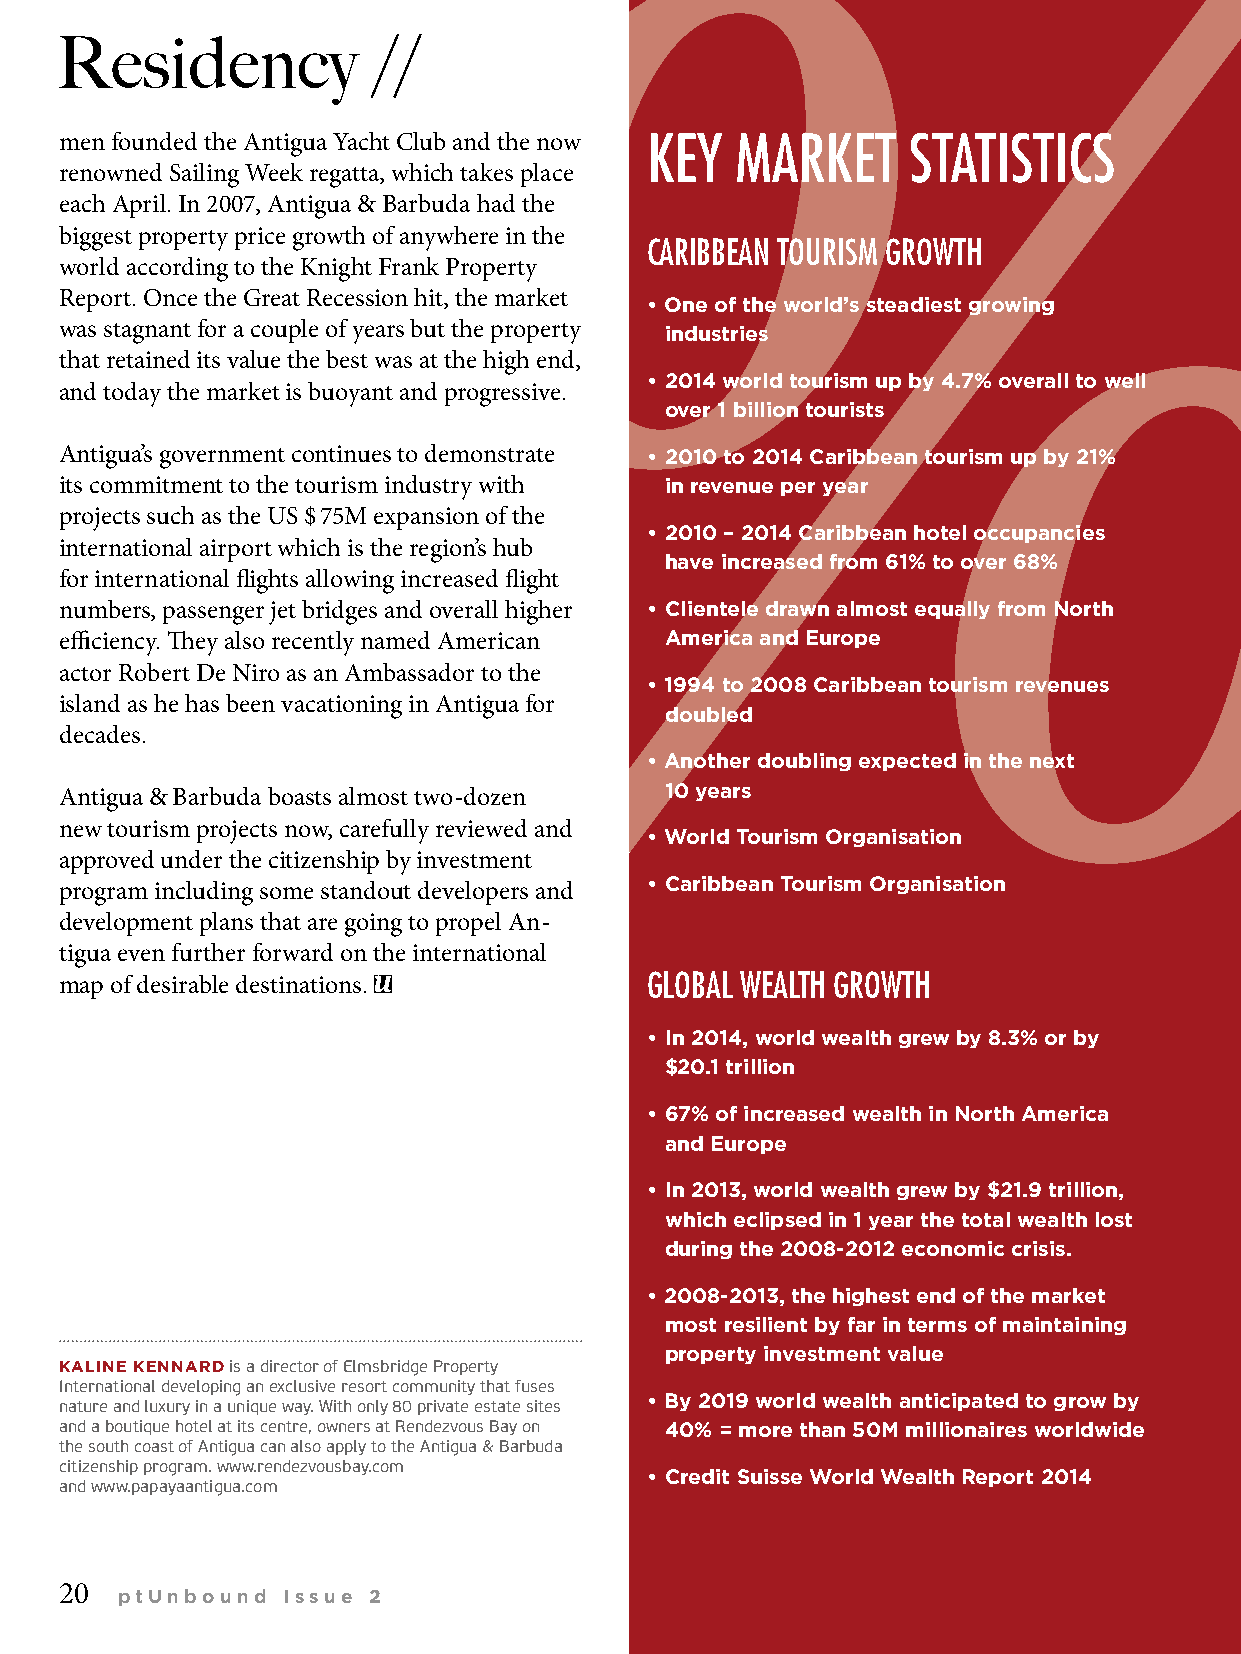
Residency            //
 men founded the Antigua Yacht Club and the now KEY MARKET STATISTICS
 renowned Sailing Week regatta, which takes place
 each April. In 2007, Antigua & Barbuda had the
 biggest property price growth of anywhere in the
 CARIBBEAN TOURISM GROWTH
 world according to the Knight Frank Property
 Report. Once the Great Recession hit, the market
 • One of the world’s steadiest growing
 was stagnant for a couple of years but the property industries
 that retained its value the best was at the high end,
 • 2014 world tourism up by 4.7% overall to well
 and today the market is buoyant and progressive.
 over 1 billion tourists
 Antigua’s government continues to demonstrate • 2010 to 2014 Caribbean tourism up by 21%
 its commitment to the tourism industry with in revenue per year
 projects such as the US $ 75M expansion of the
 • 2010 – 2014 Caribbean hotel occupancies
 international airport which is the region’s hub
 have increased from 61% to over 68%
 for international fl ights allowing increased fl ight
 numbers, passenger jet bridges and overall higher • Clientele drawn almost equally from North
 effi ciency. Th ey also recently named American America and Europe
 actor Robert De Niro as an Ambassador to the
 • 1994 to 2008 Caribbean tourism revenues
 island as he has been vacationing in Antigua for
 doubled
 decades.
 • Another doubling expected in the next
 Antigua & Barbuda boasts almost two-dozen 10 years
 new tourism projects now, carefully reviewed and
 • World Tourism Organisation
 approved under the citizenship by investment
 program including some standout developers and • Caribbean Tourism Organisation
 development plans that are going to propel An-
 tigua even further forward on the international
 map of desirable destinations.         GLOBAL WEALTH GROWTH
 • In 2014, world wealth grew by 8.3% or by
 $20.1 trillion
 • 67% of increased wealth in North America
 and Europe
 • In 2013, world wealth grew by $21.9 trillion,
 which eclipsed in 1 year the total wealth lost
 during the 2008-2012 economic crisis.
 • 2008-2013, the highest end of the market
 most resilient by far in terms of maintaining
 property investment value
 KALINE KENNARD is a director of Elmsbridge Property
 International developing an exclusive resort community that fuses
 nature and luxury in a unique way. With only 80 private estate sites • By 2019 world wealth anticipated to grow by
 and a boutique hotel at its centre, owners at Rendezvous Bay on 40% = more than 50M millionaires worldwide
 the south coast of Antigua can also apply to the Antigua & Barbuda
 citizenship program. www.rendezvousbay.com
 • Credit Suisse World Wealth Report 2014
 and www.papayaantigua.com
 20
 ptUnbound  Issue 2